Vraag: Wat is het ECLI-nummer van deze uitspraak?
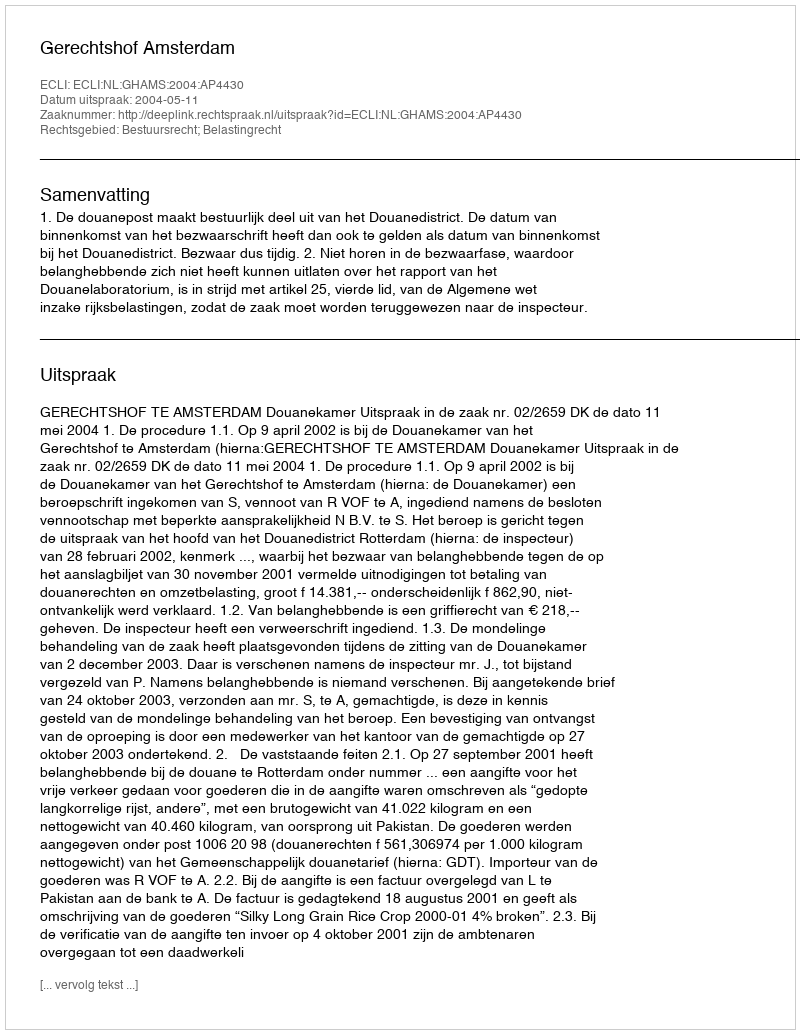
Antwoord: ECLI:NL:GHAMS:2004:AP4430